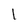
Character: 1